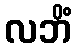
လဘိံ